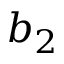
b _ { 2 }